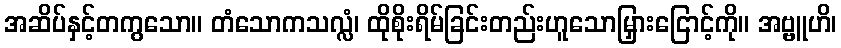
အဆိပ်နှင့်တကွသော။ တံသောကသလ္လံ၊ ထိုစိုးရိမ်ခြင်းတည်းဟူသောမြှားငြောင့်ကို။ အဗ္ဗူဟိ၊